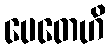
ပေတေဟိ